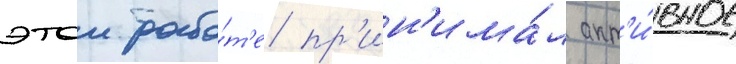
этои рабо́т'е пр'ин'има́л акт'и́вное